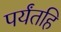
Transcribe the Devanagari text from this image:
पर्यंतहि